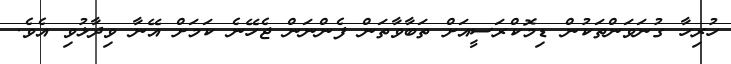
ހުރިހާ ގުނަވަންތަކުން ޑިމޮކްރަސީއަށް ތަބާވާތަން ފެންނަން ޖެހޭނެ ކަމަށް އޭނާ ވިދާޅުވި އެވެ.